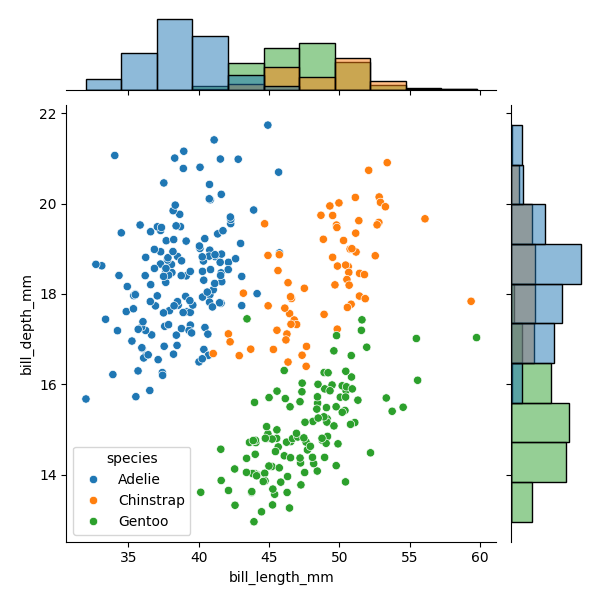
python, seaborn, JointGrid, scatterplot, histplot, hue